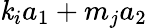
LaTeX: \mathit{k}_{i}a_{1}+m_{j}a_{2}